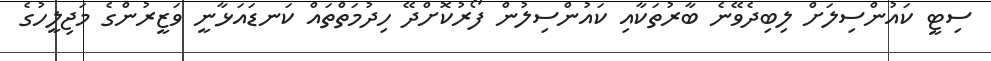
ސިޓީ ކައުންސިލަށް ލިބިދެވޭނެ ބާރުތަކާއި ކައުންސިލުން ފޯރުކޮށްދޭ ހިދުމަތްތައް ކަނޑައަޅާނީ ވަޒީރުންގެ މަޖިލީހުގެ